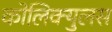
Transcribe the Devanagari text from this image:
कोलिक्युलस